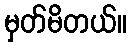
မှတ်မိတယ်။